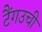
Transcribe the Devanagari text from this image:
टैंगउची